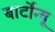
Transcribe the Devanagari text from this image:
बार्टोन्यू